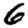
Digit: 6